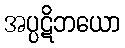
အပ္ပဋိဘယော